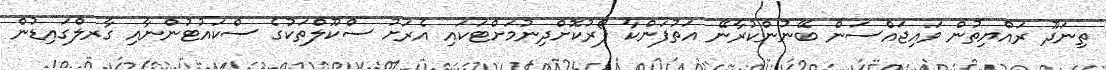
ތިނަދޫ ރައްޔިތުން ވައިޖައްސަން ބޭނުންކުރާނޭ އަތުފަންކާ ފޯރުކޮށްދިނުމަށްޓަކައި އެރަށު ސްކޫލްތަކުގެ ސްކައުޓުންނާއި ގާރލްގައިޑުން